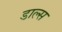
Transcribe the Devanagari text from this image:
डाल्स